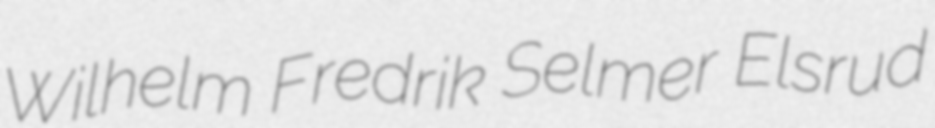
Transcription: Wilhelm Fredrik Selmer Elsrud